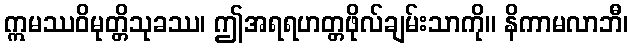
ဣမဿဝိမုတ္တိသုခဿ၊ ဤအရရဟတ္တဖိုလ်ချမ်းသာကို။ နိကာမလာဘီ၊